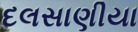
દલસાણીયા